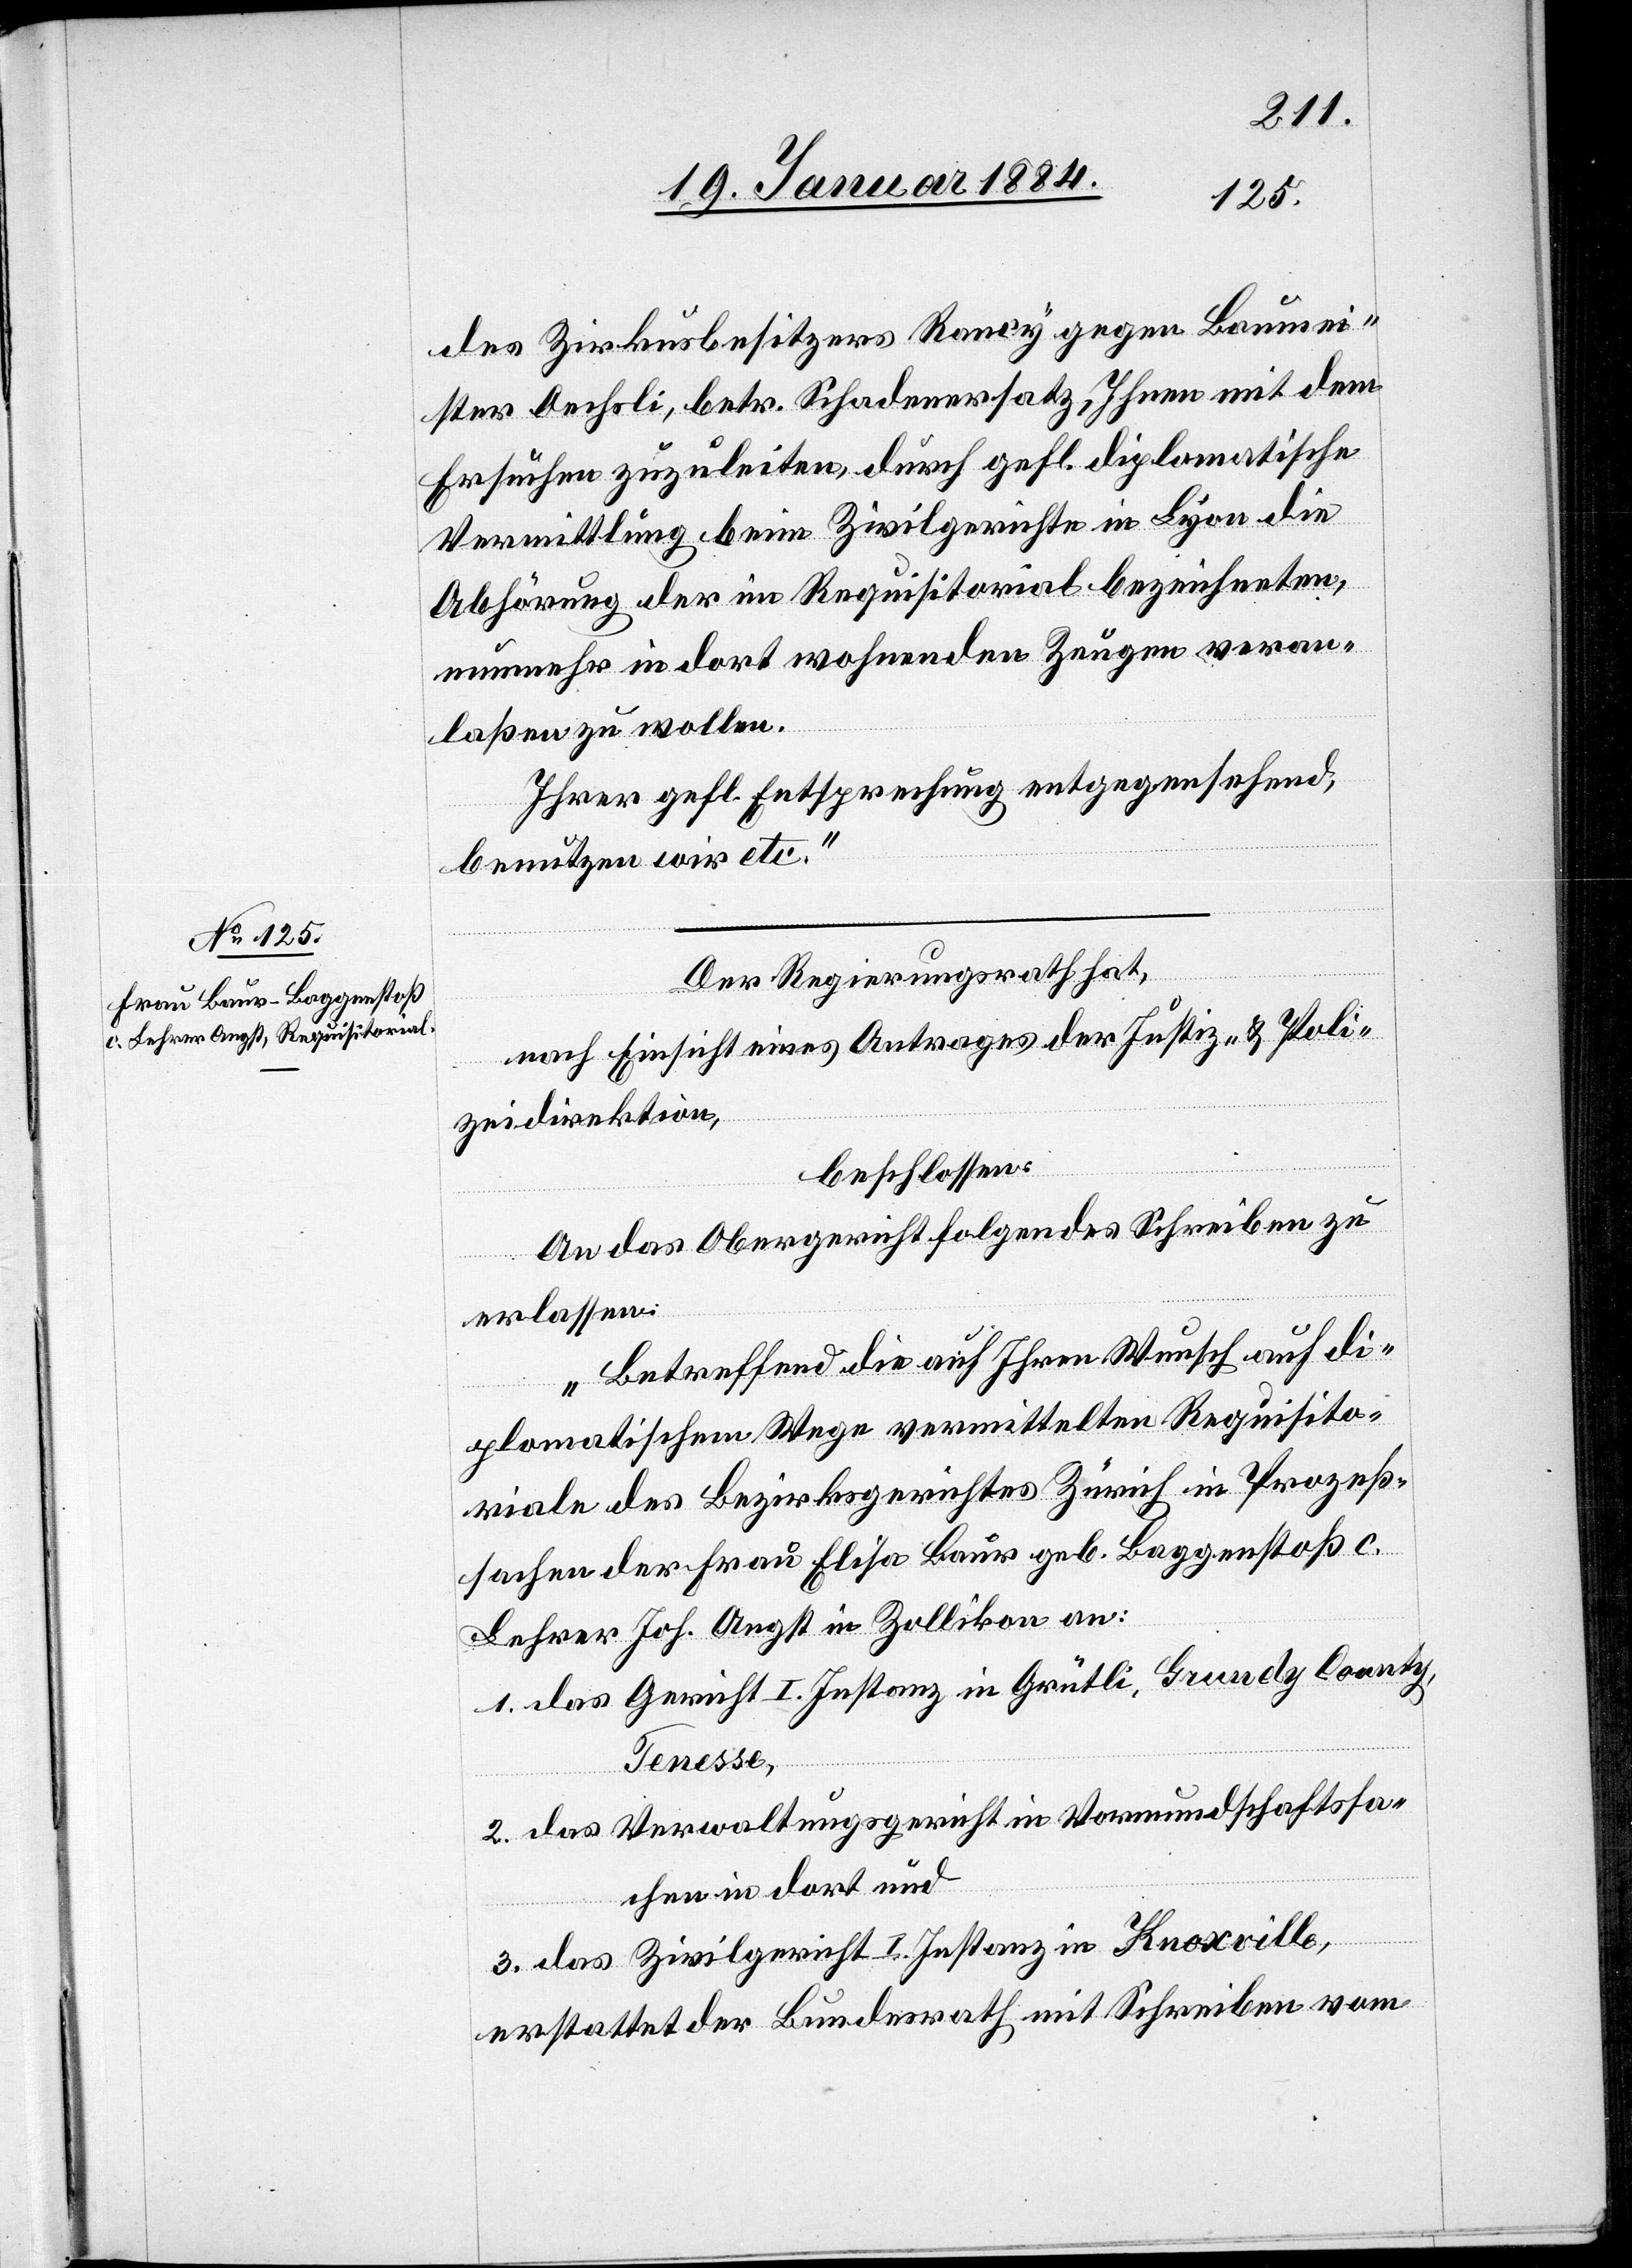
des Zirkusbesitzers Rancy gegen Baumei¬
ster Oechsli, betr. Schadenersatz, Ihnen mit dem
Ersuchen zuzuleiten, durch gefl. diplomatische
Vermittlung beim Zivilgerichte in Lyon die
Abhörung der im Requisitorial bezeichneten,
nunmehr in dort wohnenden Zeugen veran¬
laßen zu wollen.
Ihrer gefl. Entsprechung entgegensehend,
benutzen wir etc.“
Der Regierungsrath hat,
nach Einsicht eine Antrages der Justiz- & Poli¬
zeidirektion,
beschlossen:
An das Obergericht folgendes Schreiben zu
erlassen:
„Betreffend die auf Ihren Wunsch auf di¬
plomatischem Wege vermittelten Requisito¬
riale des Bezirksgerichtes Zürich in Prozeß¬
sachen der Frau Elisa Baur geb. Baggenstoß c.
Lehrer Joh. Angst in Zollikon an:
1. das Gericht I. Instanz in Grütli, Grundy County,
Tenesse,
2. das Verwaltungsgericht in Vormundschaftssa¬
chen in dort und
3. das Zivilgericht I. Instanz in Knoxville,
erstattet der Bundesrath mit Schreiben vom